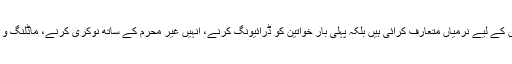
ریاض حکومت نے حالیہ چند سال میں نہ صرف وہاں خواتین سیاحوں کے لیے نرمیاں متعارف کرائی ہیں بلکہ پہلی بار خواتین کو ڈرائیونگ کرنے، انہیں غیر محرم کے ساتھ نوکری کرنے، ماڈلنگ و اداکاری کرنے اور فیشن ویکس میں شرکت کی اجازت بھی دی ہے۔